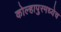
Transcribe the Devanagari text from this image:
कोल्हापुरमध्येच